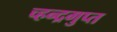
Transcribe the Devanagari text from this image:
च्हन्द्रगुप्त